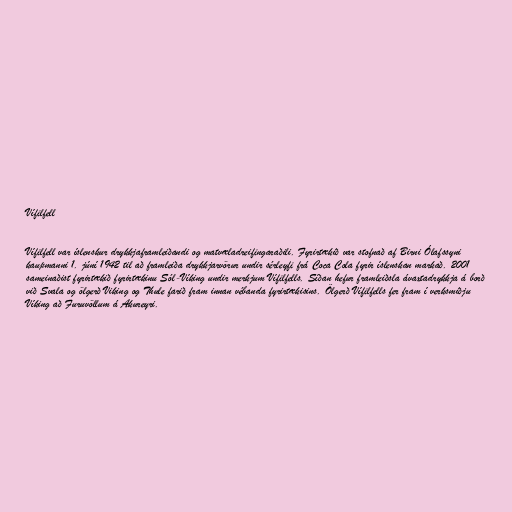
Vífilfell

Vífilfell var íslenskur drykkjaframleiðandi og matvæladreifingaraðili. Fyrirtækið var stofnað af Birni Ólafssyni
kaupmanni 1. júní 1942 til að framleiða drykkjarvörur undir sérleyfi frá Coca Cola fyrir íslenskan markað. 2001
sameinaðist fyrirtækið fyrirtækinu Sól-Víking undir merkjum Vífilfells. Síðan hefur framleiðsla ávaxtadrykkja á borð
við Svala og ölgerð Viking og Thule farið fram innan vébanda fyrirtækisins. Ölgerð Vífilfells fer fram í verksmiðju
Víking að Furuvöllum á Akureyri.